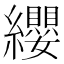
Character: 纓